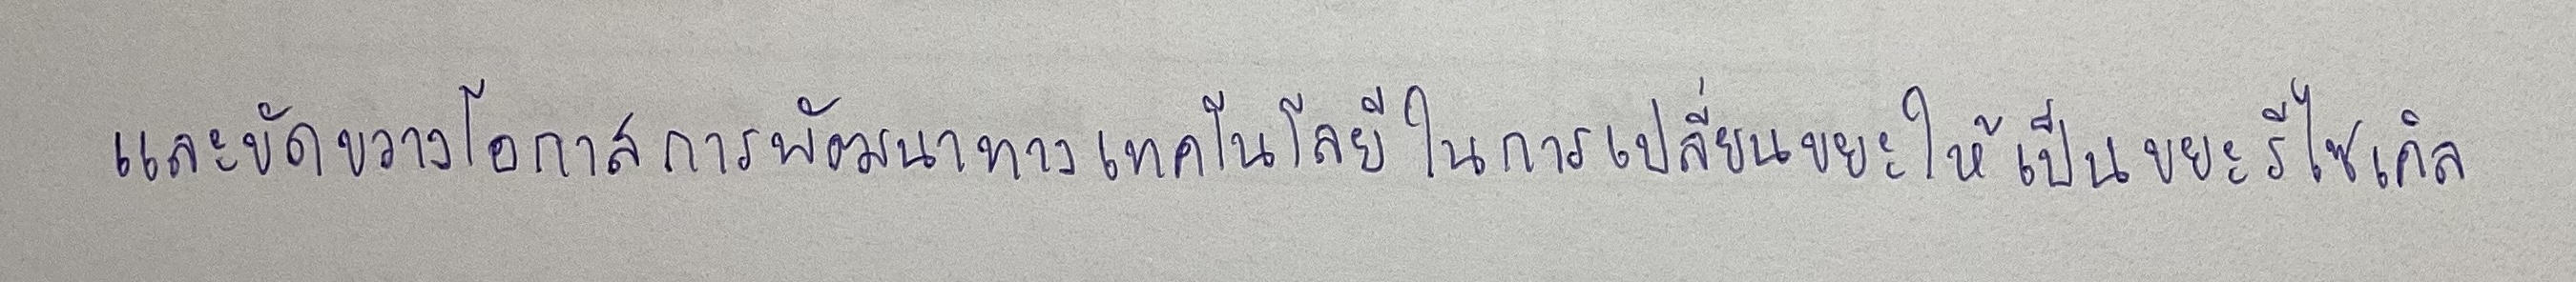
และขัดขวางโอกาสการพัฒนาทางเทคโนโลยีในการเปลี่ยนขยะให้เป็นขยะรีไซเคิล